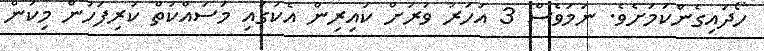
ހޯދައިގެންކަމަށެވެ. ނަމަވެސް 3 އަހަރު ވަރަށް ކައިރިން އެކުގައި މަސައްކަތް ކުރިފަހުން މިކަން